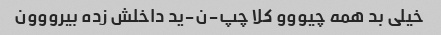
خیلی بد همه چیووو کلا چپ-ن-ید داخلش زده بیرووون